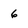
Character: 6